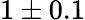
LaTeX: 1\pm 0.1